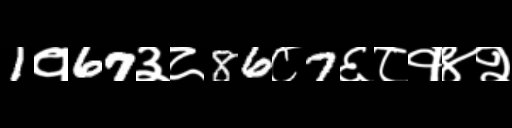
Text: 1१67३८86८7६८१४२